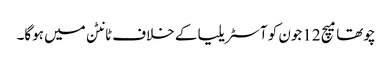
چوتھا میچ 12جون کو آسٹریلیا کے خلاف ٹانٹن میں ہوگا۔